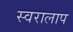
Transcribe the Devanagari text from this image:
स्वरालाप